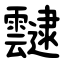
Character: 靆